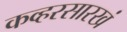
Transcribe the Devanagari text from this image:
कव्हरसारखं